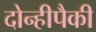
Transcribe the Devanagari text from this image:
दोन्हीपैकी